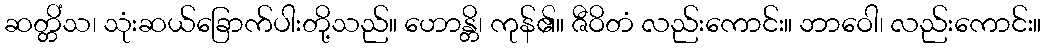
ဆတ္တိံသ၊ သုံးဆယ်ခြောက်ပါးတို့သည်။ ဟောန္တိ၊ ကုန်၏။ ဇီဝိတံ လည်းကောင်း။ ဘာဝေါ၊ လည်းကောင်း။